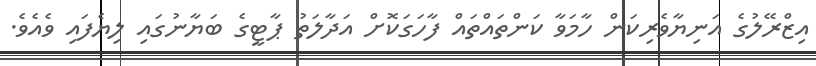
އިޒްރޭލުގެ އަނިޔާވެރިކަން ހާމަވާ ކަންތައްތައް ފާހަގަކޮށް އަދާލަތު ޕާޓީގެ ބަޔާނުގައި ލިޔެފައި ވެއެވެ.